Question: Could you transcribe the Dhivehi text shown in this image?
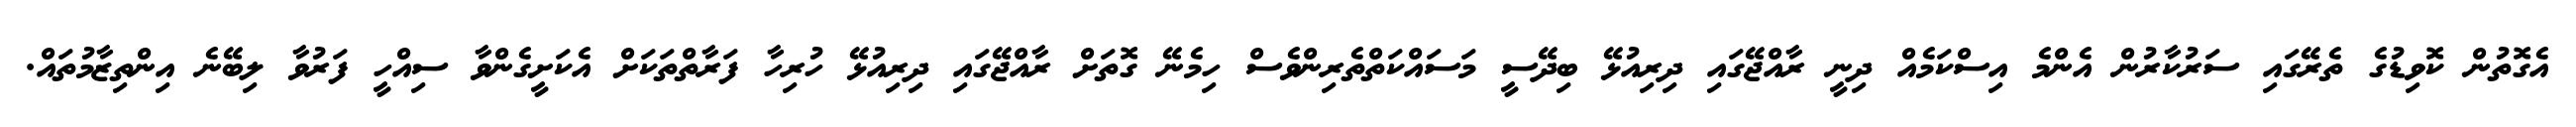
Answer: އެގޮތުން ކޮވިޑުގެ ތެރޭގައި ސަރުކާރުން އެންމެ އިސްކަމެއް ދިނީ ރާއްޖޭގައި ދިރިއުޅޭ ބިދޭސީ މަސައްކަތްތެރިންވެސް ހިމެނޭ ގޮތަށް ރާއްޖޭގައި ދިރިއުޅޭ ހުރިހާ ފަރާތްތަކަށް އެކަށީގެންވާ ސިއްހީ ފަރުވާ ލިބޭނެ އިންތިޒާމުތައް.